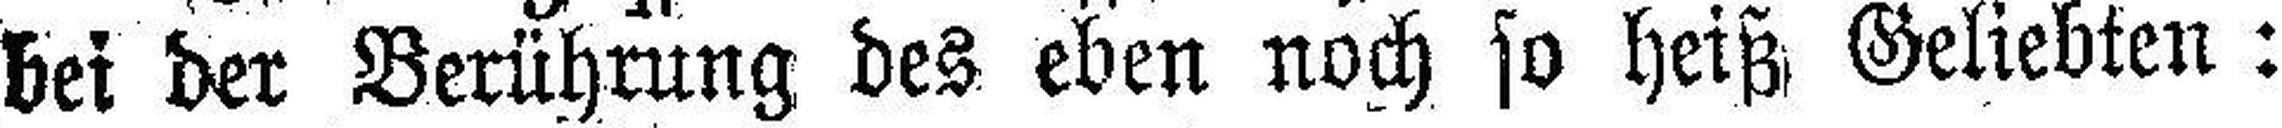
bei der Berührung des eben noch so heiß Geliebten: